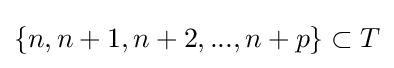
\{n,n+1,n+2,...,n+p\}\subset T